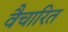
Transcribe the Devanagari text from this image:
वैचारित